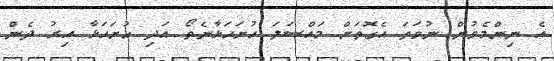
އެ ނިންމެވުން ނުވަތަ އެގޮތަށް މައްސަލަ ހުށަހަޅާނެތޯ އަދި ހުށަހަޅާ އިރު ދެން